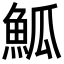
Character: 䱄